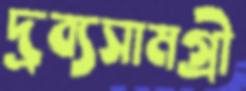
দ্রব্যসামগ্রী